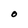
Character: O